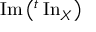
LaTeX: \operatorname { I m } \left( { } ^ { t } \operatorname { I n } _ { X } \right)